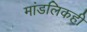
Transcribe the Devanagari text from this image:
मांडलिकही